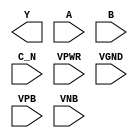
/**
 * Copyright 2020 The SkyWater PDK Authors
 *
 * Licensed under the Apache License, Version 2.0 (the "License");
 * you may not use this file except in compliance with the License.
 * You may obtain a copy of the License at
 *
 *     https://www.apache.org/licenses/LICENSE-2.0
 *
 * Unless required by applicable law or agreed to in writing, software
 * distributed under the License is distributed on an "AS IS" BASIS,
 * WITHOUT WARRANTIES OR CONDITIONS OF ANY KIND, either express or implied.
 * See the License for the specific language governing permissions and
 * limitations under the License.
 *
 * SPDX-License-Identifier: Apache-2.0
 */

`ifndef SKY130_FD_SC_HDLL__NOR3B_PP_BLACKBOX_V
`define SKY130_FD_SC_HDLL__NOR3B_PP_BLACKBOX_V

/**
 * nor3b: 3-input NOR, first input inverted.
 *
 *        Y = (!(A | B)) & !C)
 *
 * Verilog stub definition (black box with power pins).
 *
 * WARNING: This file is autogenerated, do not modify directly!
 */

`timescale 1ns / 1ps
`default_nettype none

(* blackbox *)
module sky130_fd_sc_hdll__nor3b (
    Y   ,
    A   ,
    B   ,
    C_N ,
    VPWR,
    VGND,
    VPB ,
    VNB
);

    output Y   ;
    input  A   ;
    input  B   ;
    input  C_N ;
    input  VPWR;
    input  VGND;
    input  VPB ;
    input  VNB ;
endmodule

`default_nettype wire
`endif  // SKY130_FD_SC_HDLL__NOR3B_PP_BLACKBOX_V